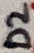
Text: D2